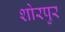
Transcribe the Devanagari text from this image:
शोरपुर